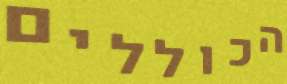
הכוללים